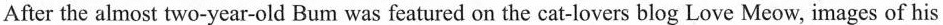
Afterthe almost two-year-old Bum was featured on the cat-lovers blog Love Meow, images of his